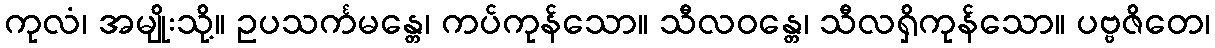
ကုလံ၊ အမျိုးသို့။ ဥပသင်္ကမန္တေ၊ ကပ်ကုန်သော။ သီလဝန္တေ၊ သီလရှိကုန်သော။ ပဗ္ဗဇိတေ၊